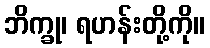
ဘိက္ခု၊ ရဟန်းတို့ကို။